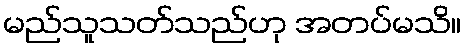
မည်သူသတ်သည်ဟု အတပ်မသိ။